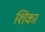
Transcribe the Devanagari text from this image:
शिंका